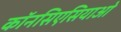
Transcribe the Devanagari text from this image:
कॉनसिएसियाओ